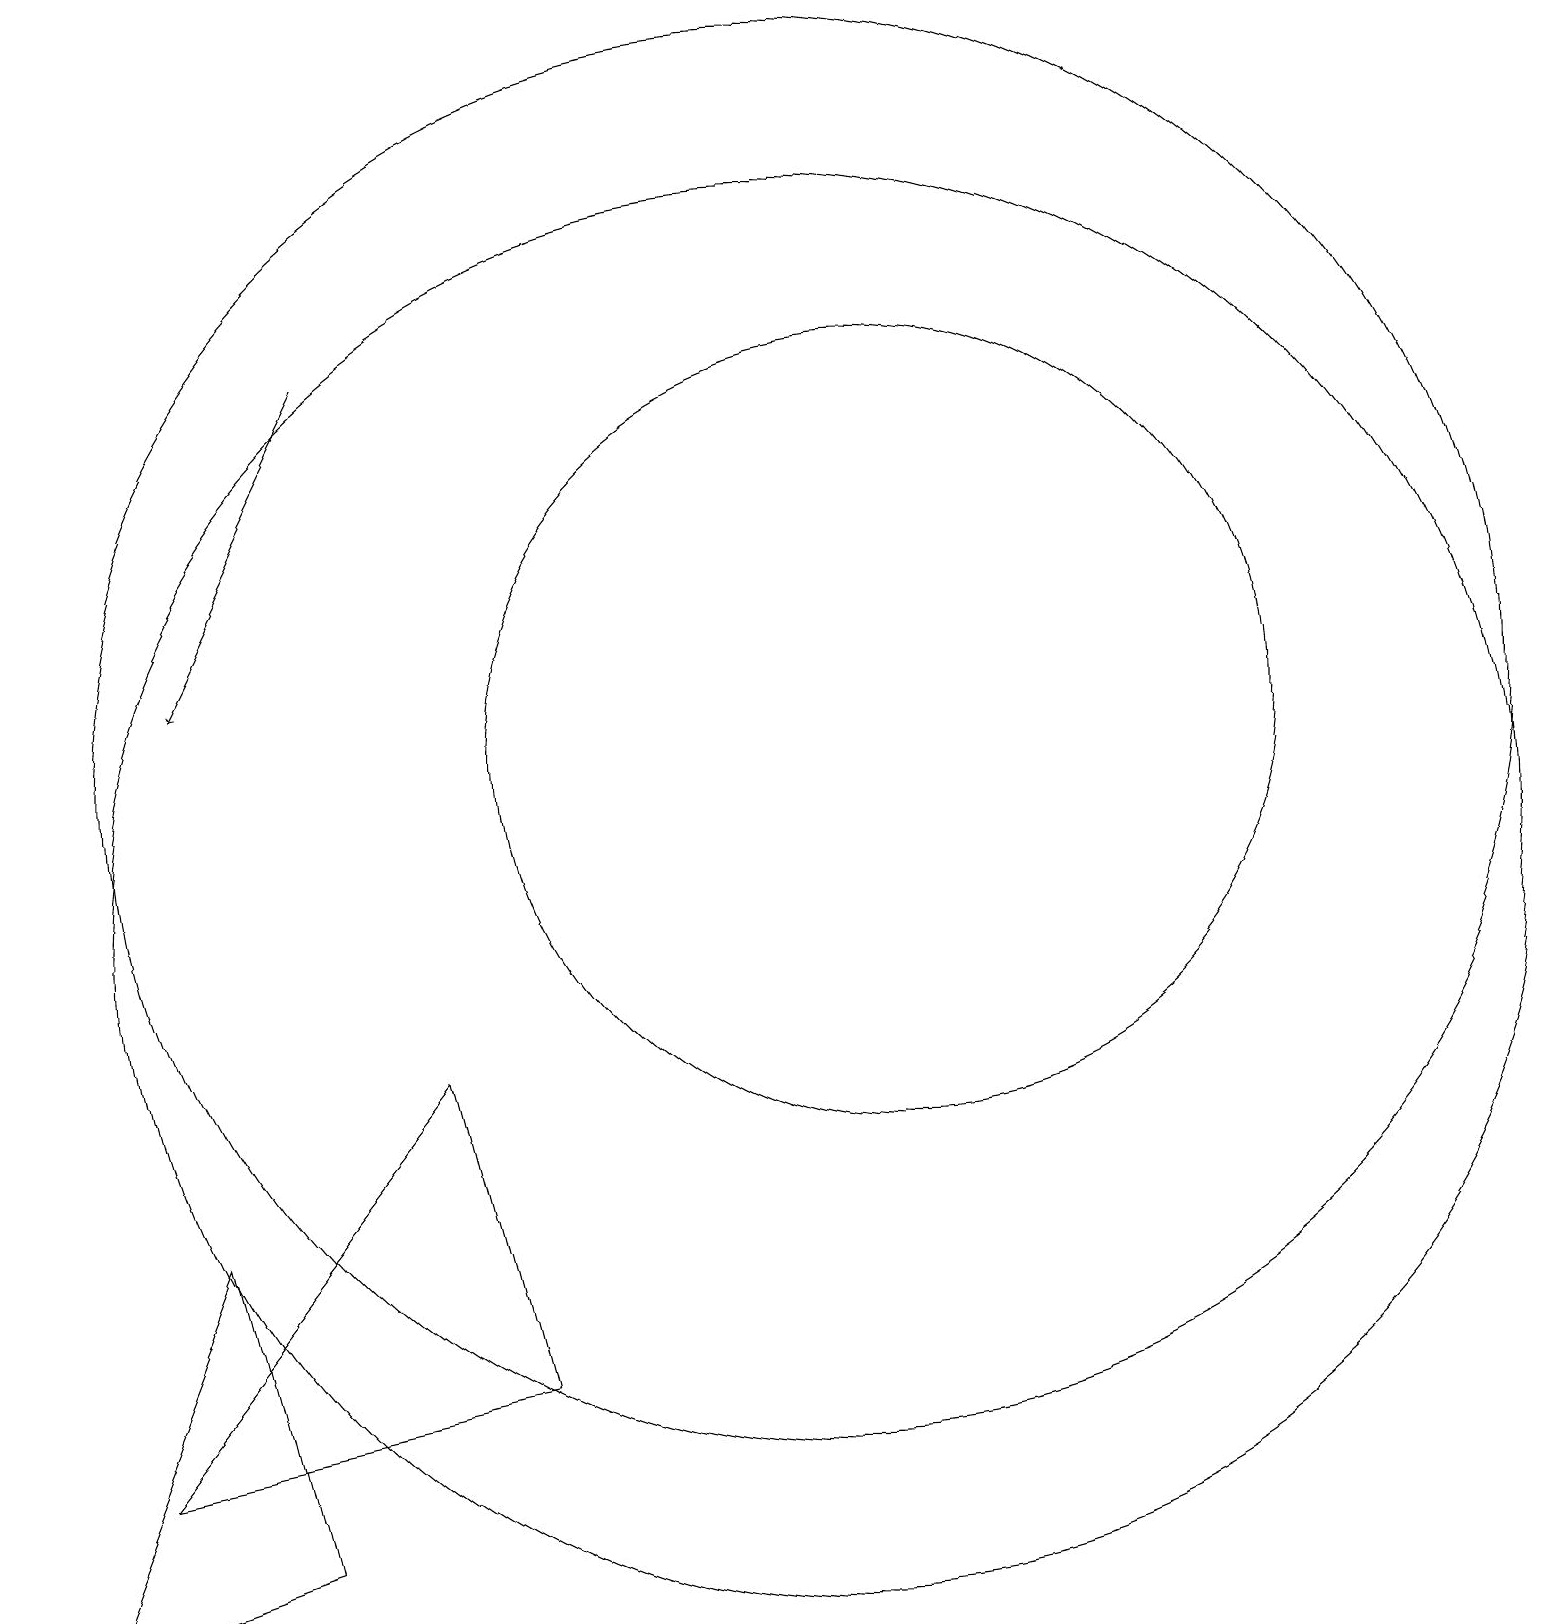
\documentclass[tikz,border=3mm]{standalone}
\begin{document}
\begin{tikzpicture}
\draw (2,6) -- (0,1) -- (3,2) -- cycle;
\draw (5,8) -- (6,4) -- (1,3) -- cycle;
\draw (10,12) circle (9);
\draw (10,10) circle (9);
\draw (11,12) circle (5);
\draw[->] (4,17) -- (2,13);
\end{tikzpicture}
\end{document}